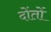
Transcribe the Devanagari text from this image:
दोंतों